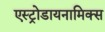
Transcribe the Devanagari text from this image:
एस्ट्रोडायनामिक्स